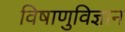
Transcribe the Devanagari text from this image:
विषाणुविज्ञान